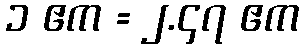
၁ ဧက = ၂.၄၇ ဧက